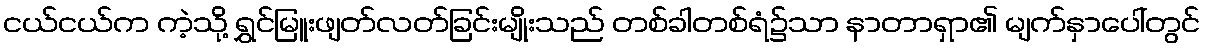
ငယ်ငယ်က ကဲ့သို့ ရွှင်မြူးဖျတ်လတ်ခြင်းမျိုးသည် တစ်ခါတစ်ရံ၌သာ နာတာရှာ၏ မျက်နှာပေါ်တွင်